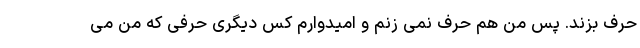
حرف بزند. پس من هم حرف نمی زنم و امیدوارم کس دیگری حرفی که من می